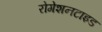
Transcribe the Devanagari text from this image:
रोगेशनटाइड